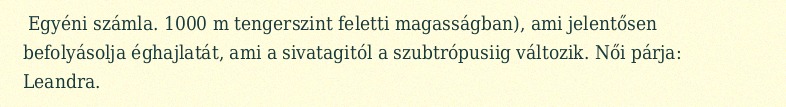
Egyéni számla. 1000 m tengerszint feletti magasságban), ami jelentősen befolyásolja éghajlatát, ami a sivatagitól a szubtrópusiig változik. Női párja: Leandra.